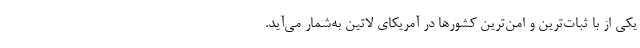
یکی از با ثبات‌ترین و امن‌ترین کشورها در آمریکای لاتین به‌شمار می‌آید.